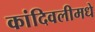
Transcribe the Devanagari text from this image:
कांदिवलीमधे